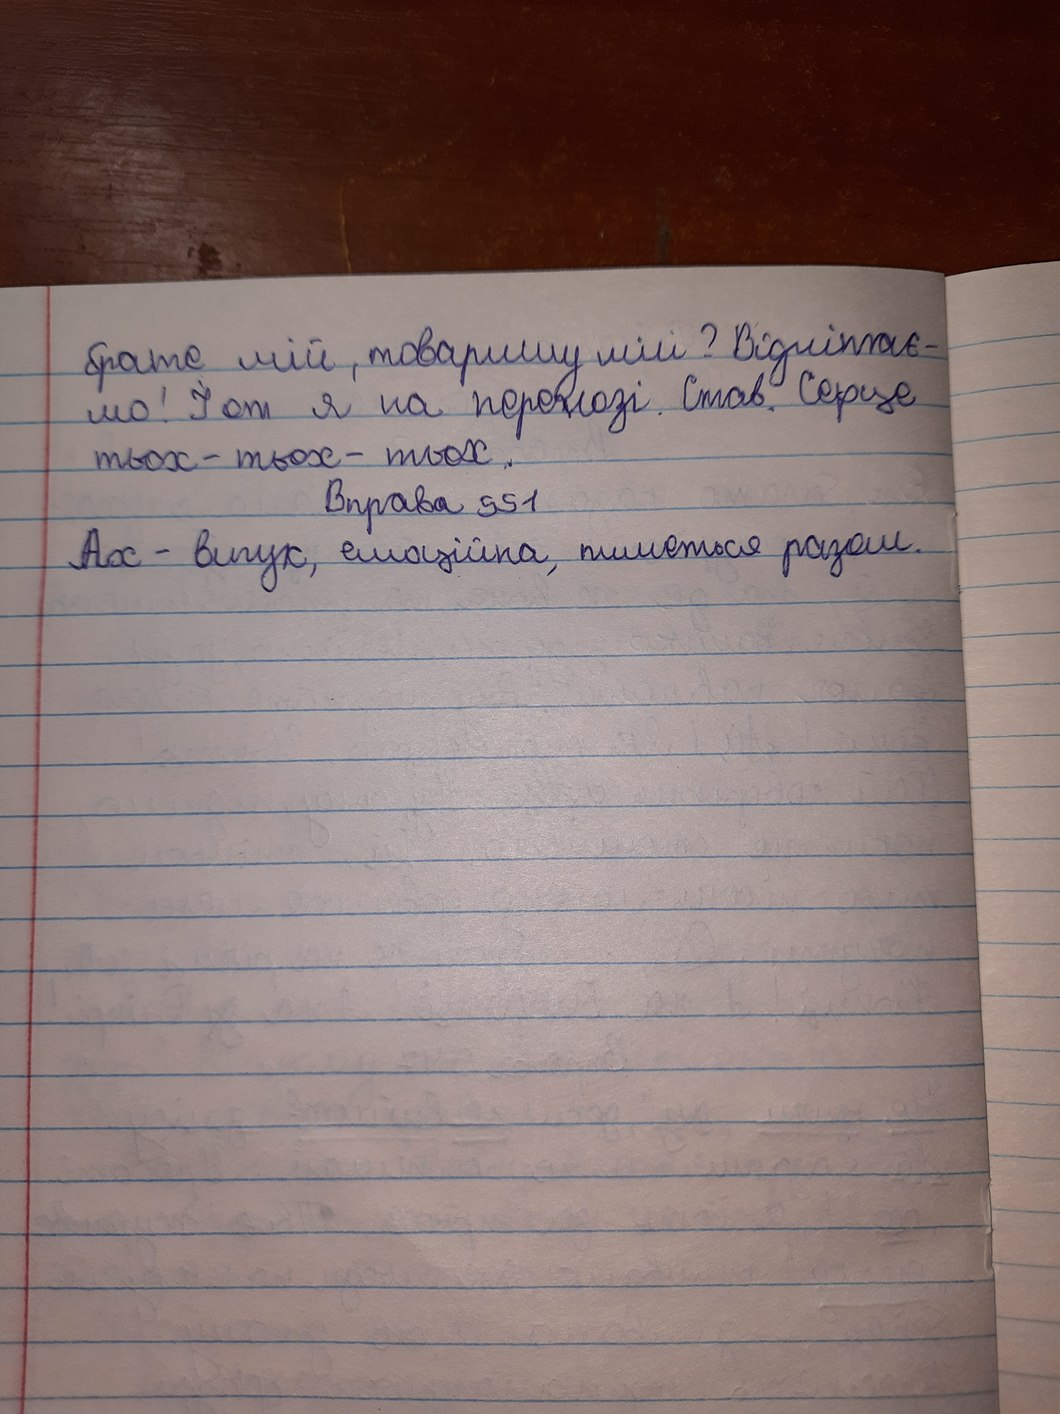
брате мій, товаришу мій? Відлітає-
мо! І от я на переході. Став. Серце
тьох - тьох - тьох
Вправа 991
Ах - вигук, емоційна, пишется разом.